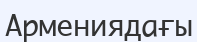
Армениядағы